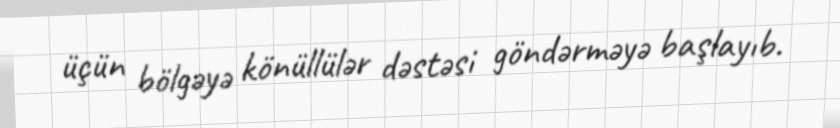
üçün bölgəyə könüllülər dəstəsi göndərməyə başlayıb.